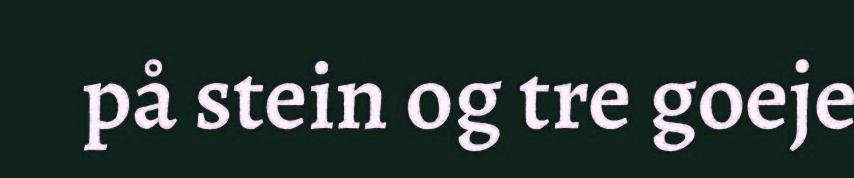
på stein og tre goeje